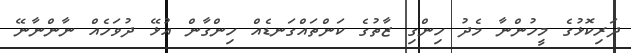
ދަރިކޮޅުގެ މީހުންނާ މެދު ހިންގި ޒާތުގެ ކަންތައްގަނޑެއް ހިންގާން އުޅޭ ދުވަހެއް ނާންނާނޭ